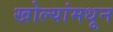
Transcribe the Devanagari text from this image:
खोल्यांमधून